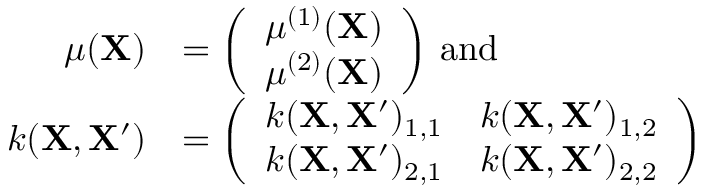
\begin{array} { r l } { \mu ( \mathbf { X } ) } & { = \left( \begin{array} { l } { \mu ^ { ( 1 ) } ( \mathbf { X } ) } \\ { \mu ^ { ( 2 ) } ( \mathbf { X } ) } \end{array} \right) \, \mathrm { a n d } \, } \\ { k ( \mathbf { X } , \mathbf { X ^ { \prime } } ) } & { = \left( \begin{array} { l l } { k ( \mathbf { X } , \mathbf { X ^ { \prime } } ) _ { 1 , 1 } } & { k ( \mathbf { X } , \mathbf { X ^ { \prime } } ) _ { 1 , 2 } } \\ { k ( \mathbf { X } , \mathbf { X ^ { \prime } } ) _ { 2 , 1 } } & { k ( \mathbf { X } , \mathbf { X ^ { \prime } } ) _ { 2 , 2 } } \end{array} \right) } \end{array}